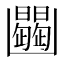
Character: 𠚠